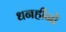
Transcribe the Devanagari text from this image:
धनहीनों